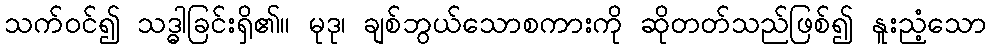
သက်ဝင်၍ သဒ္ဓါခြင်းရှိ၏။ မုဒု၊ ချစ်ဘွယ်သောစကားကို ဆိုတတ်သည်ဖြစ်၍ နူးညံ့သော